Lunatic asylums Punjab 1911-1921 - 1911-1921
Year: 1911
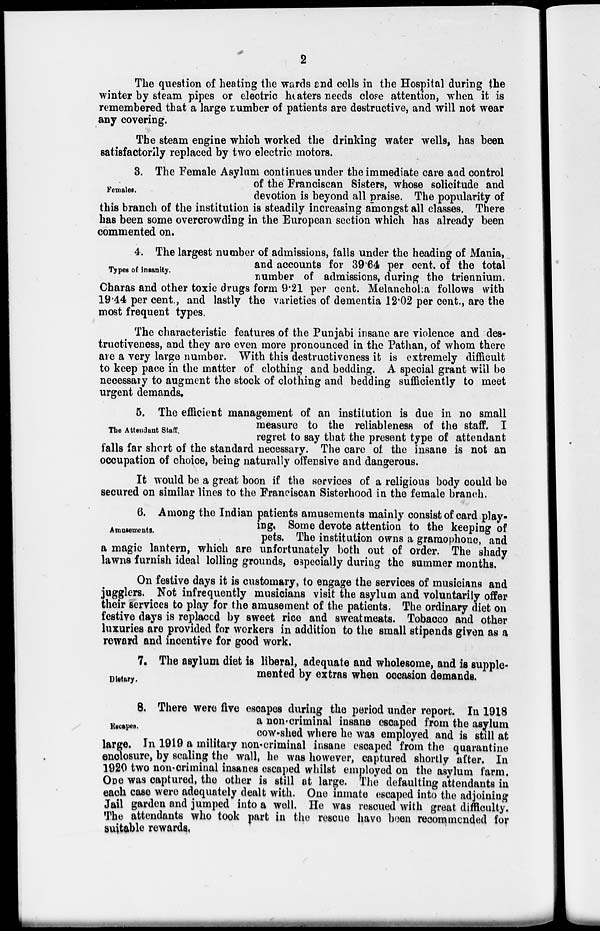
2
The question of heating the wards and cells in the Hospital during the
winter by steam pipes or electric heaters needs close attention, when it is
remembered that a large number of patients are destructive, and will not wear
any covering.
The steam engine which worked the drinking water wells, has been
satisfactorily replaced by two electric motors.
Females.
3. The Female Asylum continues under the immediate care and control
of the Franciscan Sisters, whose solicitude and
devotion is beyond all praise. The popularity of
this branch of the institution is steadily increasing amongst all classes. There
has been some overcrowding in the European section which has already been
commented on.
types of insanity.
4. The largest number of admissions, falls under the heading of Mania,
and accounts for 39.64 per cent. of the total
number of admissions, during the triennium.
Charas and other toxic drugs form 9.21 per cent. Melancholia follows with
19.44 per cent., and lastly the varieties of dementia 12.02 per cent., are the
most frequent types.
The characteristic features of the Punjabi insane are violence and des-
tructiveness, and they are even more pronounced in the Pathan, of whom there
are a very large number. With this destructiveness it is extremely difficult
to keep pace in the matter of clothing and bedding. A special grant will be
necessary to augment the stock of clothing and bedding sufficiently to meet
urgent demands.
The Attendant Staff.
5. The efficient management of an institution is due in no small
measure to the reliableness of the staff. I
regret to say that the present type of attendant
falls far short of the standard necessary. The care of the insane is not an
occupation of choice, being naturally offensive and dangerous.
It would be a great boon if the services of a religious body could be
secured on similar lines to the Franciscan Sisterhood in the female branch.
Amusements.
6. Among the Indian patients amusements mainly consist of card play-
ing. Some devote attention to the keeping of
pets. The institution owns a gramophone, and
a magic lantern, which are unfortunately both out of order. The shady
lawns furnish ideal lolling grounds, especially during the summer months.
On festive days it is customary, to engage the services of musicians and
jugglers. Not infrequently musicians visit the asylum and voluntarily offer
their services to play for the amusement of the patients. The ordinary diet on
festive days is replaced by sweet rice and sweatmeats. Tobacco and other
luxuries are provided for workers in addition to the small stipends given as a
reward and incentive for good work.
Dietary.
7. The asylum diet is liberal, adequate and wholesome, and is supple-
mented by extras when occasion demands.
Escapes.
8. There were five escapes during the period under report. In 1918
a non-criminal insane escaped from the asylum
cow-shed where he was employed and is still at
large. In 1919 a military non-criminal insane escaped from the quarantine
enclosure, by scaling the wall, he was however, captured shortly after. In
1920 two non-criminal insanes escaped whilst employed on the asylum farm.
One was captured, the other is still at large. The defaulting attendants in
each case were adequately dealt with. One inmate escaped into the adjoining
Jail garden and jumped into a well. He was rescued with great difficulty.
The attendants who took part in the rescue have been recommended for
suitable rewards.